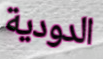
الدودية